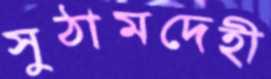
সুঠামদেহী